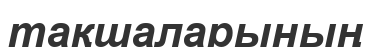
тақшаларының